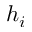
h _ { i }